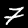
Digit: 7